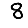
Digit: 8